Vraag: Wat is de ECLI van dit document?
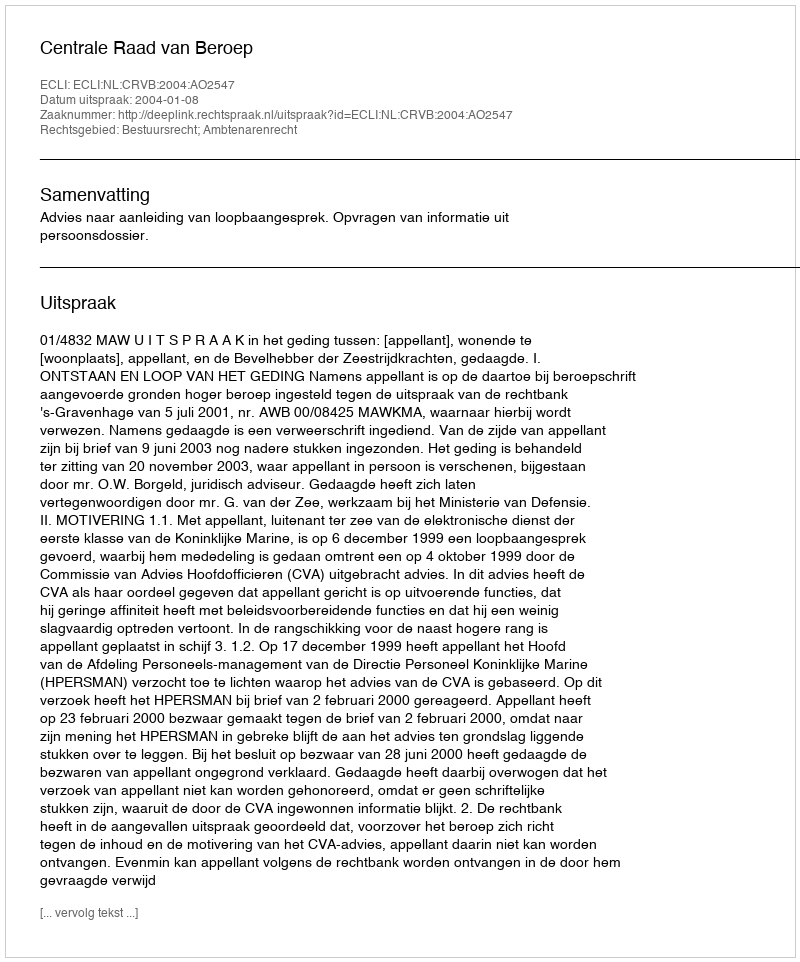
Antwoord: ECLI:NL:CRVB:2004:AO2547